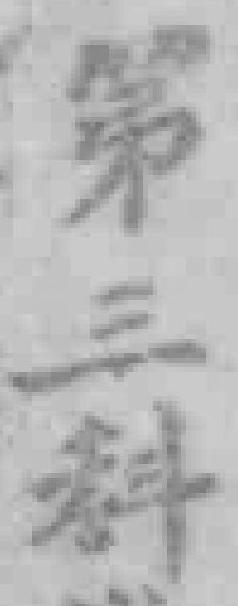
第三科